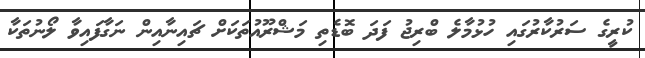
ކުރީގެ ސަރުކާރުގައި ހުޅުމާލެ ބްރިޖު ފަދަ ބޮޑެތި މަޝްރޫއުތަކަށް ޗައިނާއިން ނަގާފައިވާ ލޯނުތަކާ